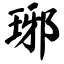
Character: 琊